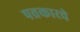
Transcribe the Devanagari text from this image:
पव्रकारचे